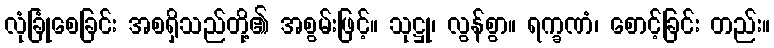
လုံခြုံစေခြင်း အစရှိသည်တို့၏ အစွမ်းဖြင့်။ သုဋ္ဌု၊ လွန်စွာ။ ရက္ခဏံ၊ စောင့်ခြင်း တည်း။